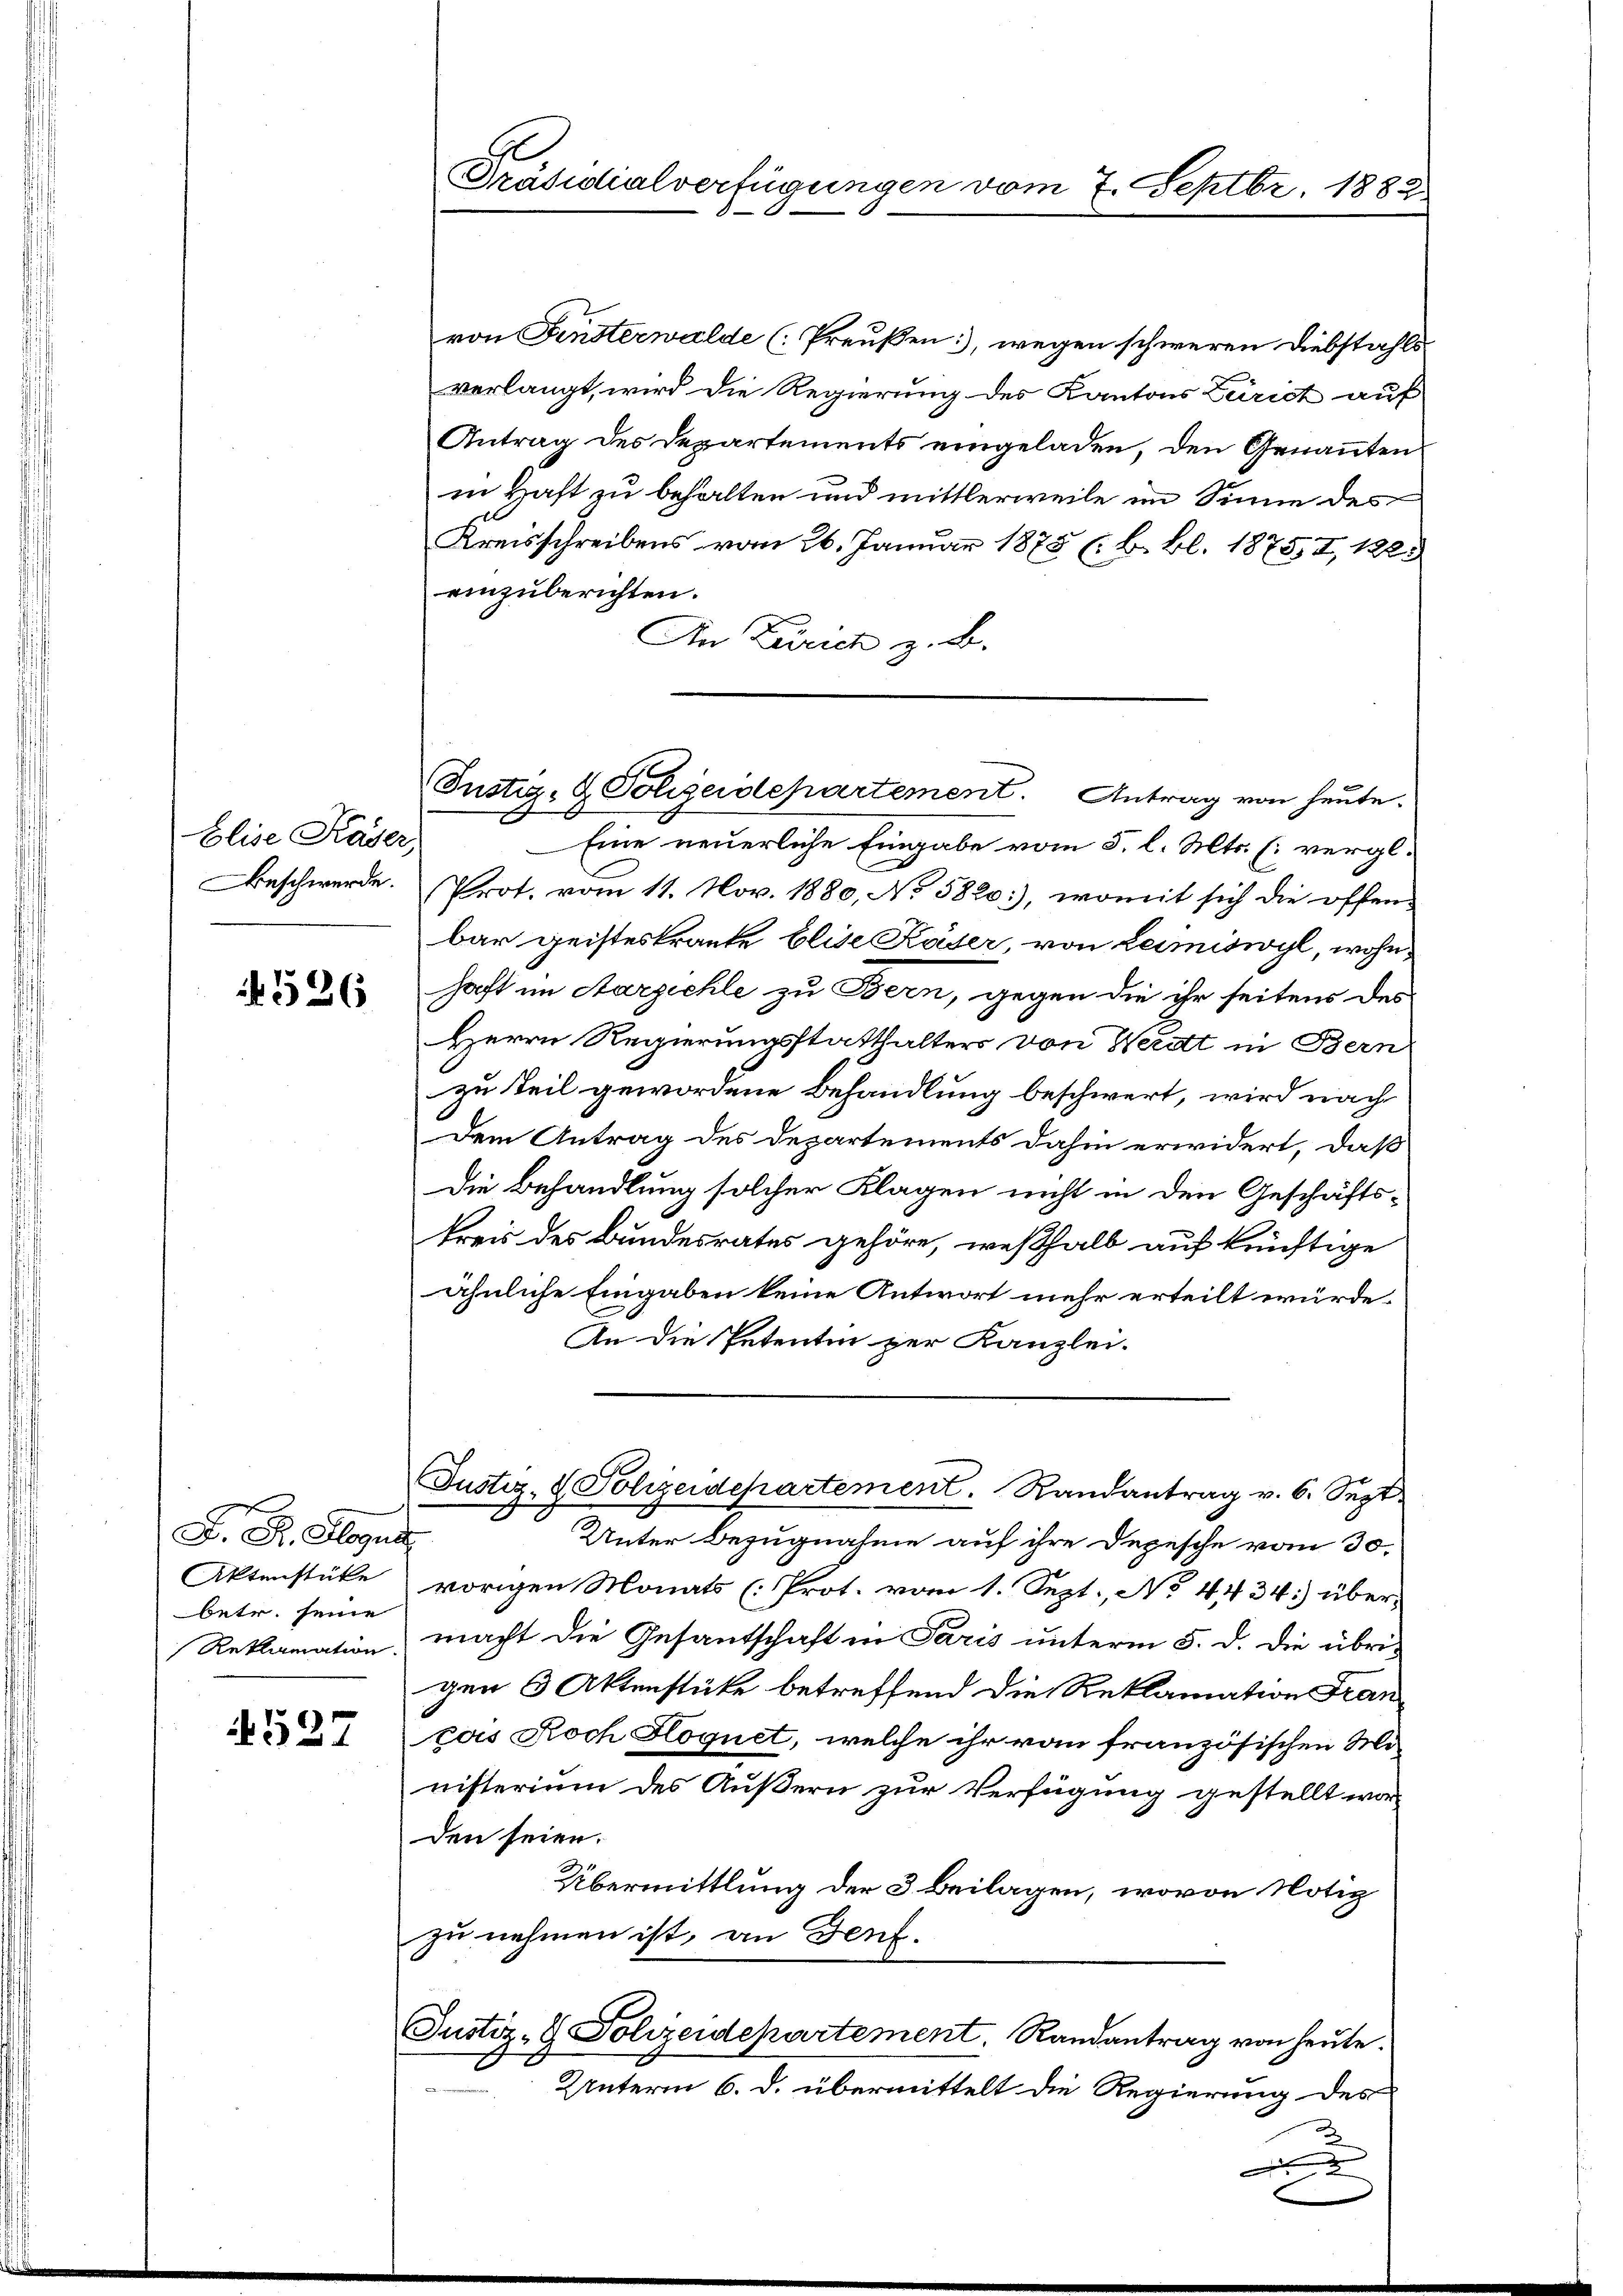
Elise Kaser,

4526

F. P. Gloga
Aktenstücke
betr. seine
Reklamation.

4527

Präsidialverfügungen vom 7. Septbr. 1882.

von Fensterwalde (Preußen, wegen schweren Diebstahls
verlangt, wird die Regierung des Kantons Zürich auf
Antrag des Departements eingeladen, den Genannten
in Haft zu behalten und mittlerweile im Sinne des
Kreisschreibens vom 26. Januar 1875 (B. Bl. 1875, I, 1223
einzuberichten.
An Zürich z. B.

Justiz- & Polizeidepartement. Antrag von heute.

Eine neuerliche Eingabe vom 5. l. Mts. (vergl.
eschwerde. Prot. vom 11. Nov. 1880, No 5820:), womit sich die offen-
bar geisteskranke Elise Käser, von Leimiswyl, wohnhaft im Aarzichle zu Bern, gegen die ihr seitens des
Herrn Regierungsstatthalters von Werdt in Bern
zu teil gewordene Behandlung beschwert, wird nach
Dem Antrag des Departements dahin erwidert, daß
Die Behandlung solcher Klagen nicht in den Geschäftskreis des Bundesrates gehöre, weßhalb auf künftige
ähnliche Eingaben keine Antwort mehr erteilt würde.
An die Petentin zur Kanzlei-
2
Unter Bezugnahme auf ihre Depesche vom 30.
vorigen Monats (Prot. vom 1. Sept., No 4434) über
macht die Gesandschaft in Paris unterm 5. d. die übrigen 3 Aktenstücke betreffend die Reklamation Fran
eois Roch Hognet, welche ihr vom französischen Mo-
nisterium des Äußern zur Verfügung gestellt wor
den seien.
Übermittlung der 3 Beilagen, wovon Notiz
zu nehmen ist, an Genf.
Justiz- & Polizeidepartement. Randantrag von heute.
Unterm 6. d. übermittelt die Regierung des
.

Justiz- & Polizeidepartement. Randantrag v. 6. Sept.